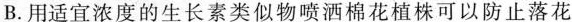
B.用适宜浓度的生长素类似物喷洒棉花植株可以防止落花